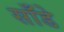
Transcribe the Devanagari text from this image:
साँडे